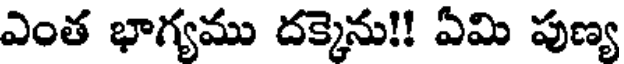
ఎంత భాగ్యము దక్కెను!! ఏమి పుణ్య